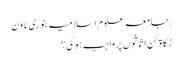
| جامعہ علوم اسلامیہ بنوری ٹاؤن
زکاۃ کن اثاثوں پر واجب ہوگی؟